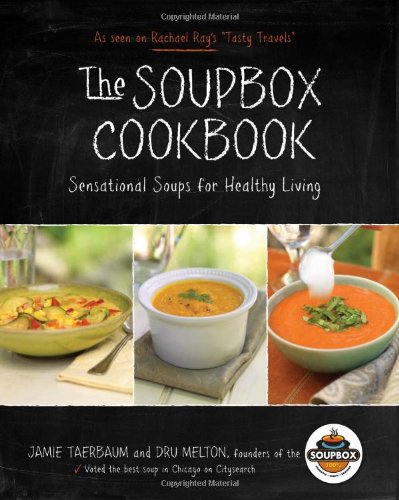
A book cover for The Soupbox Cookbook: Sensational Soups for Healthy Living; Dru Melton; Cookbooks, Food & Wine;